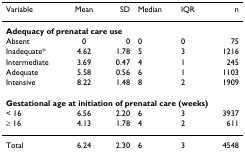
<table><thead><tr><td><b>Variable</b></td><td><b>Mean</b></td><td><b>SD</b></td><td><b>Median</b></td><td><b>IQR</b></td><td><b>n</b></td></tr></thead><tbody><tr><td colspan="6"><b>Adequacy of prenatal care use</b></td></tr><tr><td>Absent</td><td>0</td><td>0</td><td>0</td><td>0</td><td>75</td></tr><tr><td>Inadequate*</td><td>4.62</td><td>1.78</td><td>5</td><td>3</td><td>1216</td></tr><tr><td>Intermediate</td><td>3.69</td><td>0.47</td><td>4</td><td>1</td><td>245</td></tr><tr><td>Adequate</td><td>5.58</td><td>0.56</td><td>6</td><td>1</td><td>1103</td></tr><tr><td>Intensive</td><td>8.22</td><td>1.48</td><td>8</td><td>2</td><td>1909</td></tr><tr><td colspan="6"><b>Gestational age at initiation of prenatal care (weeks)</b></td></tr><tr><td>&lt; 16</td><td>6.56</td><td>2.20</td><td>6</td><td>3</td><td>3937</td></tr><tr><td>≥ 16</td><td>4.13</td><td>1.78</td><td>4</td><td>2</td><td>611</td></tr><tr><td>Total</td><td>6.24</td><td>2.30</td><td>6</td><td>3</td><td>4548</td></tr></tbody></table>